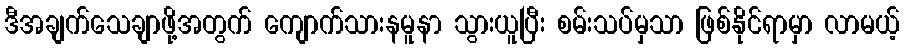
ဒီအချက်သေချာဖို့အတွက် ကျောက်သားနမူနာ သွားယူပြီး စမ်းသပ်မှသာ ဖြစ်နိုင်ရာမှာ လာမယ့်